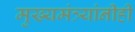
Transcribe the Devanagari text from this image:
मुख्यमंत्र्यांनीही